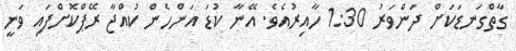
ގާތްގަނޑަކަށް ދަންވަރު 1:30 ހާއިރުއެވެ. އޭނާ ކުޑަ އަންހެން ކުއްޖާ ރޭޕްކޮށްފައި ވަނީ